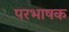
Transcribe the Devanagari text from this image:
परभाषक